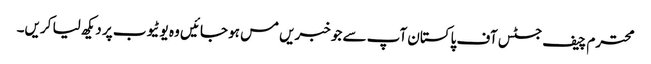
محترم چیف جسٹس آف پاکستان آپ سے جو خبریں مس ہو جائیں وہ یوٹیوب پر دیکھ لیا کریں۔